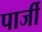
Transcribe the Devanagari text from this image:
पार्जी